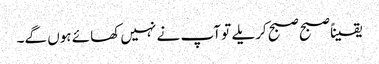
یقیناً صبح صبح کریلے تو آپ نے نہیں کھائے ہوں گے۔